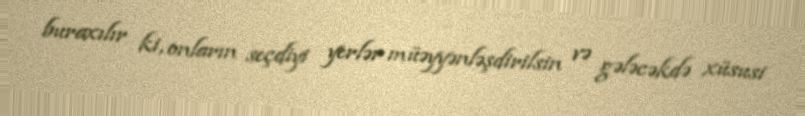
buraxılır ki, onların seçdiyi yerlər müəyyənləşdirilsin və gələcəkdə xüsusi